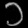
Digit: ၁